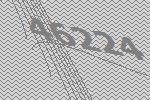
46224